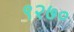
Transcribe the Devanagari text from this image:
९२७०